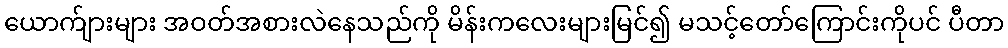
ယောက်ျားများ အဝတ်အစားလဲနေသည်ကို မိန်းကလေးများမြင်၍ မသင့်တော်ကြောင်းကိုပင် ပီတာ